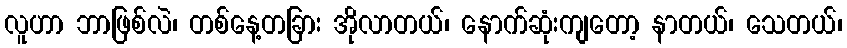
လူဟာ ဘာဖြစ်လဲ၊ တစ်နေ့တခြား အိုလာတယ်၊ နောက်ဆုံးကျတော့ နာတယ်၊ သေတယ်၊